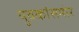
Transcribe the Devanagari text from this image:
युवकांसमोर